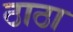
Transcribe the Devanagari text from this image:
ठाठा